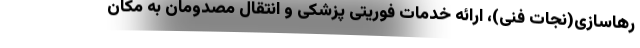
رهاسازی(نجات فنی)، ارائه خدمات فوریتی پزشکی و انتقال مصدومان به مکان